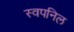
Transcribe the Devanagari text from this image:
स्वपनिल